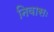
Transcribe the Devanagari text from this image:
निवासः